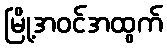
မြို့အဝင်အထွက်